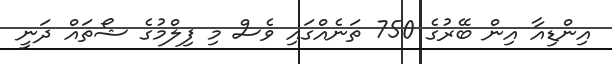
އިންޑިއާ އިން ބޭރުގެ 750 ތަނެއްގައި ވެސް މި ފިލްމުގެ ޝޯތައް ދަނީ